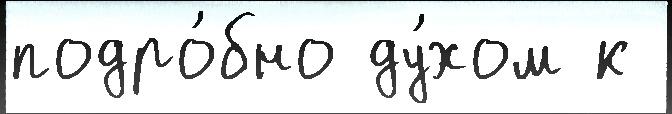
подро́бно ду́хом к